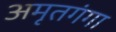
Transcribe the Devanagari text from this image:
अमृतगंगा